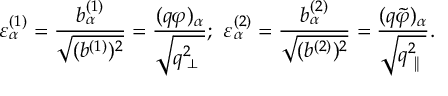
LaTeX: \varepsilon _ { \alpha } ^ { ( 1 ) } = \frac { b _ { \alpha } ^ { ( 1 ) } } { \sqrt { ( b ^ { ( 1 ) } ) ^ { 2 } } } = \frac { ( q \varphi ) _ { \alpha } } { \sqrt { q _ { \mathrm { \tiny ~ \bot ~ } } ^ { 2 } } } ; \, \, \varepsilon _ { \alpha } ^ { ( 2 ) } = \frac { b _ { \alpha } ^ { ( 2 ) } } { \sqrt { ( b ^ { ( 2 ) } ) ^ { 2 } } } = \frac { ( q \tilde { \varphi } ) _ { \alpha } } { \sqrt { q _ { \mathrm { \tiny ~ \| ~ } } ^ { 2 } } } .